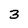
Character: 3